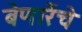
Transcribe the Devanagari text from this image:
बेणारेंचे